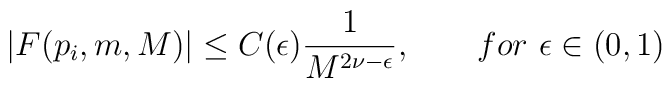
|F(p_i,m,M)|\leq C(\epsilon){1\over M^{2\nu-\epsilon}},\qquad for \hskip 4pt\epsilon\in(0,1)